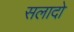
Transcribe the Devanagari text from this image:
सलादो